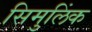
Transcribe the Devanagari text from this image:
सिमुलिंक